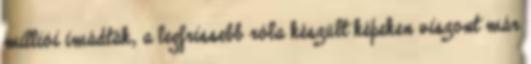
milliói imádták, a legfrissebb róla készült képeken viszont már